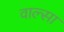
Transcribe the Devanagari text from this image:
वाल्सा